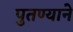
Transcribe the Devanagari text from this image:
पुतण्याने